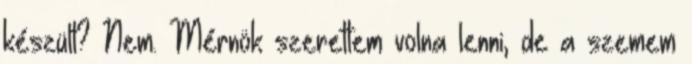
készült? Nem. Mérnök szerettem volna lenni, de a szemem